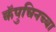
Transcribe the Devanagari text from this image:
कॅपुचिनच्या